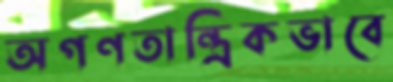
অগণতান্ত্রিকভাবে